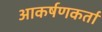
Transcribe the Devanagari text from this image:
आकर्षणकर्ता